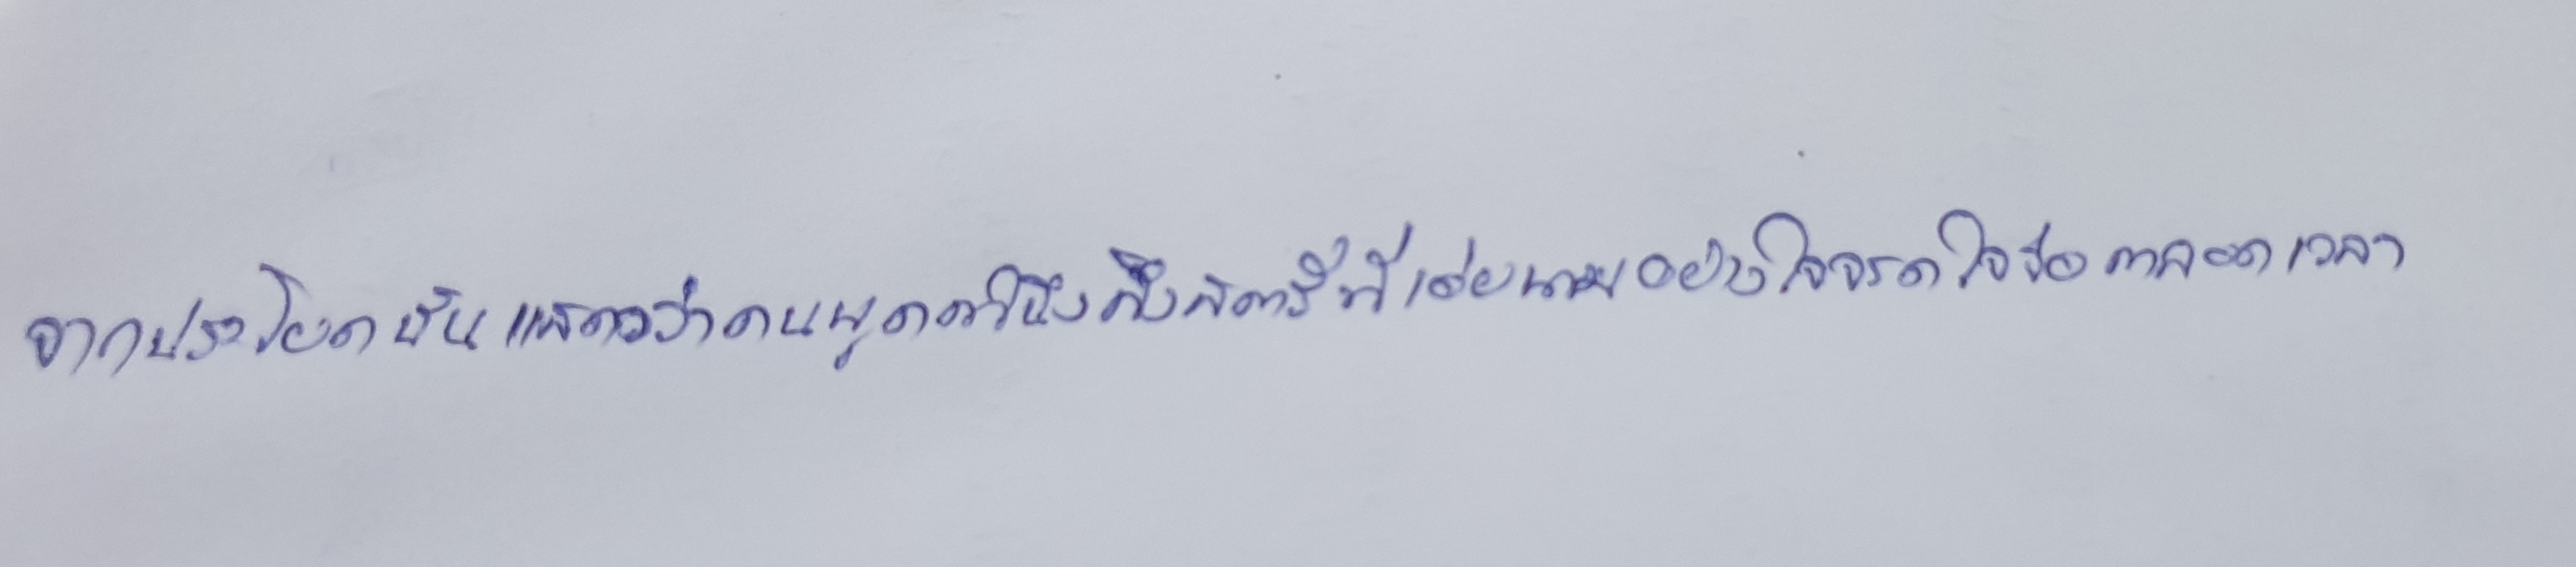
จากประโยคนั้นแสดงว่าคนพูดคำนึงถึงสตรีที่เอ่ยนามอย่างใจจรดใจจ่อตลอดเวลา